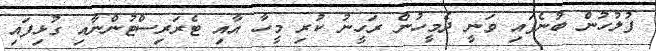
ފުލުހުން ބުނެފައި ވަނީ ދެމީހުން ރަހީނު ކުރި މީހާ އާއި ޓެރަރިސްޓުންނާއި ގުޅިފައި